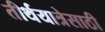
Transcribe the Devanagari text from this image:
तीर्थयात्रेसाठी